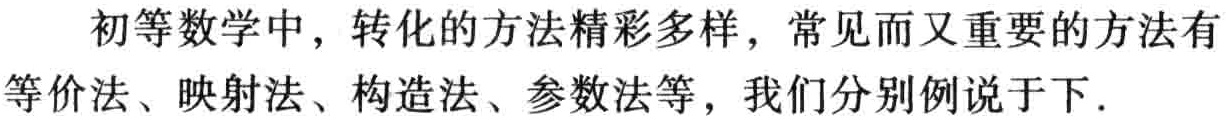
初等数学中，转化的方法精彩多样，常见而又重要的方法有等价法、映射法、构造法、参数法等，我们分别例说于下．